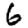
Digit: 6